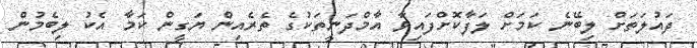
ދައުލަތަށް ލިބޭނެ ކަމަށް ލަފާކޮށްފައިވާ އާމްދަނީތަކުގެ ތެރެއިން ޔަގީން ކަމާ އެކު ލިބެމުން